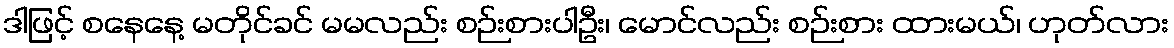
ဒါဖြင့် စနေနေ့ မတိုင်ခင် မမလည်း စဉ်းစားပါဦး၊ မောင်လည်း စဉ်းစား ထားမယ်၊ ဟုတ်လား